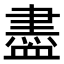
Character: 𧗊